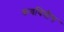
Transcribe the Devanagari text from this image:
कवयित्रीच